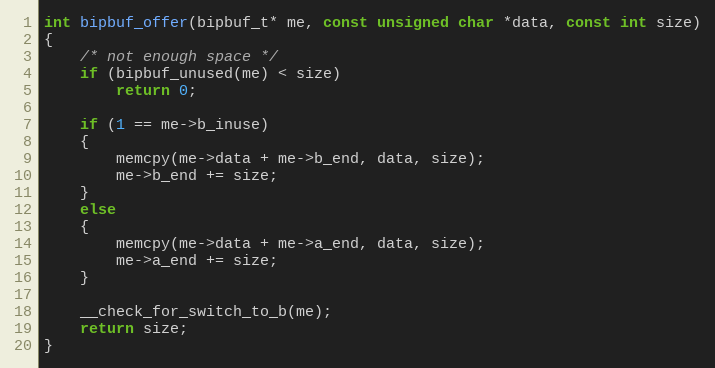
Language: C
int bipbuf_offer(bipbuf_t* me, const unsigned char *data, const int size)
{
    /* not enough space */
    if (bipbuf_unused(me) < size)
        return 0;

    if (1 == me->b_inuse)
    {
        memcpy(me->data + me->b_end, data, size);
        me->b_end += size;
    }
    else
    {
        memcpy(me->data + me->a_end, data, size);
        me->a_end += size;
    }

    __check_for_switch_to_b(me);
    return size;
}